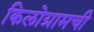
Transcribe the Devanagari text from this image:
किलोग्रामची